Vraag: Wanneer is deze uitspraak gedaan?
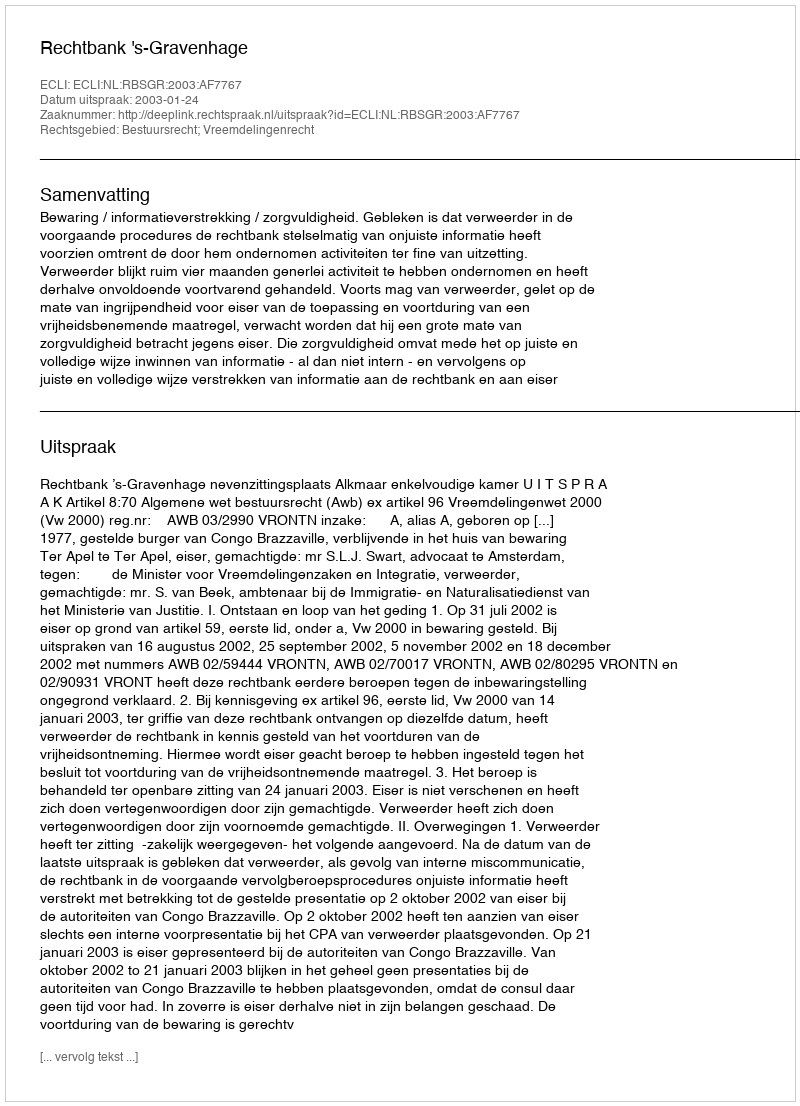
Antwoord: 2003-01-24